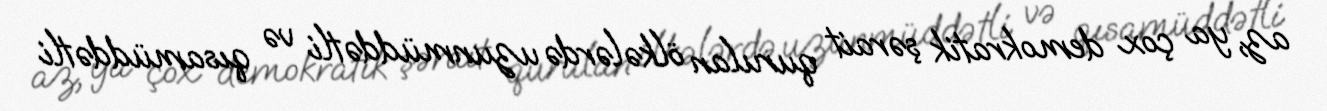
az, ya çox demokratik şərait qurulan ölkələrdə uzunmüddətli və qısamüddətli